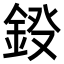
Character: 𨦏